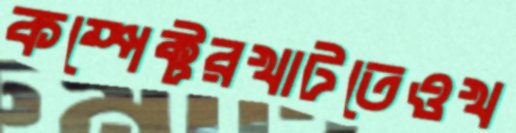
কম্পেক্টরখাটতেওখ